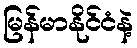
မြန်မာနိုင်ငံနဲ့